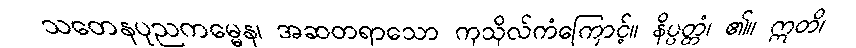
သတေနပုညကမ္မေန၊ အဆတရာသော ကုသိုလ်ကံကြောင့်။ နိပ္ပတ္တံ၊ ၏။ ဣတိ၊